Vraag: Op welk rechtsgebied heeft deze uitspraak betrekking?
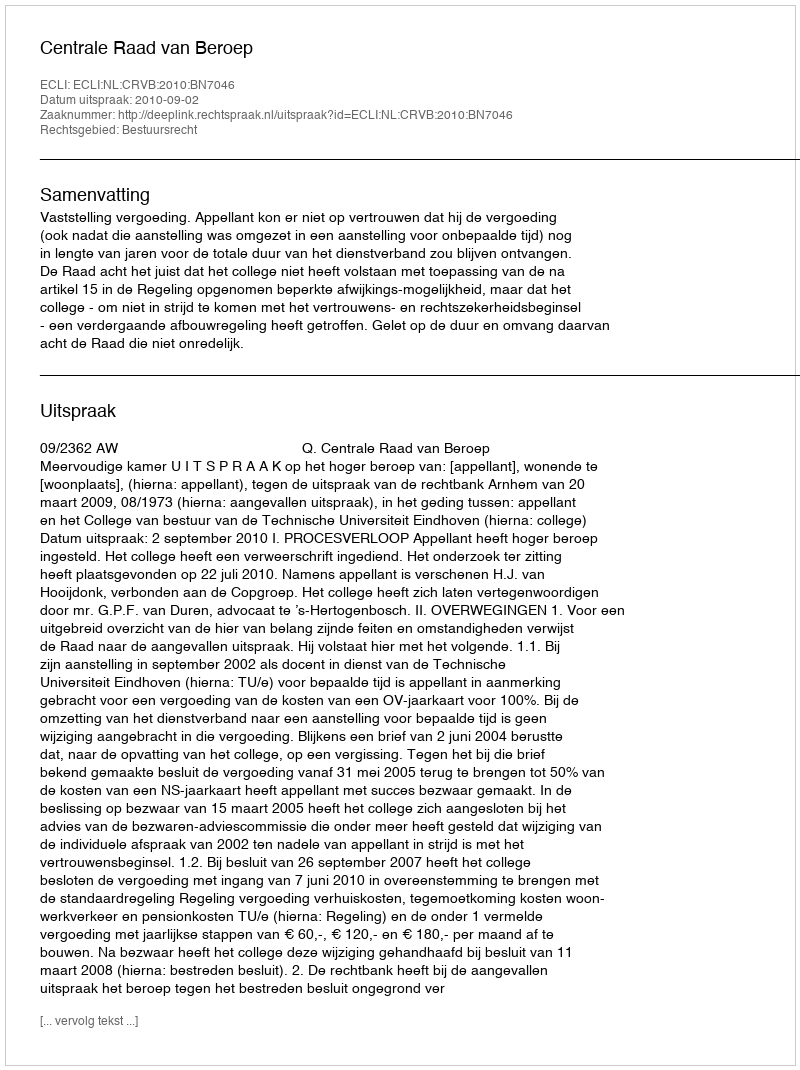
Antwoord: Bestuursrecht